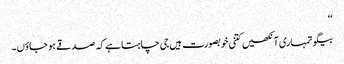
‘‘
بیگو تمہاری آنکھیں کتنی خوبصورت ہیں جی چاہتا ہے کہ صدقے ہو جاؤں۔